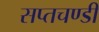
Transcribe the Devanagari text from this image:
सप्तचण्डी